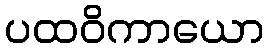
ပထဝိကာယော